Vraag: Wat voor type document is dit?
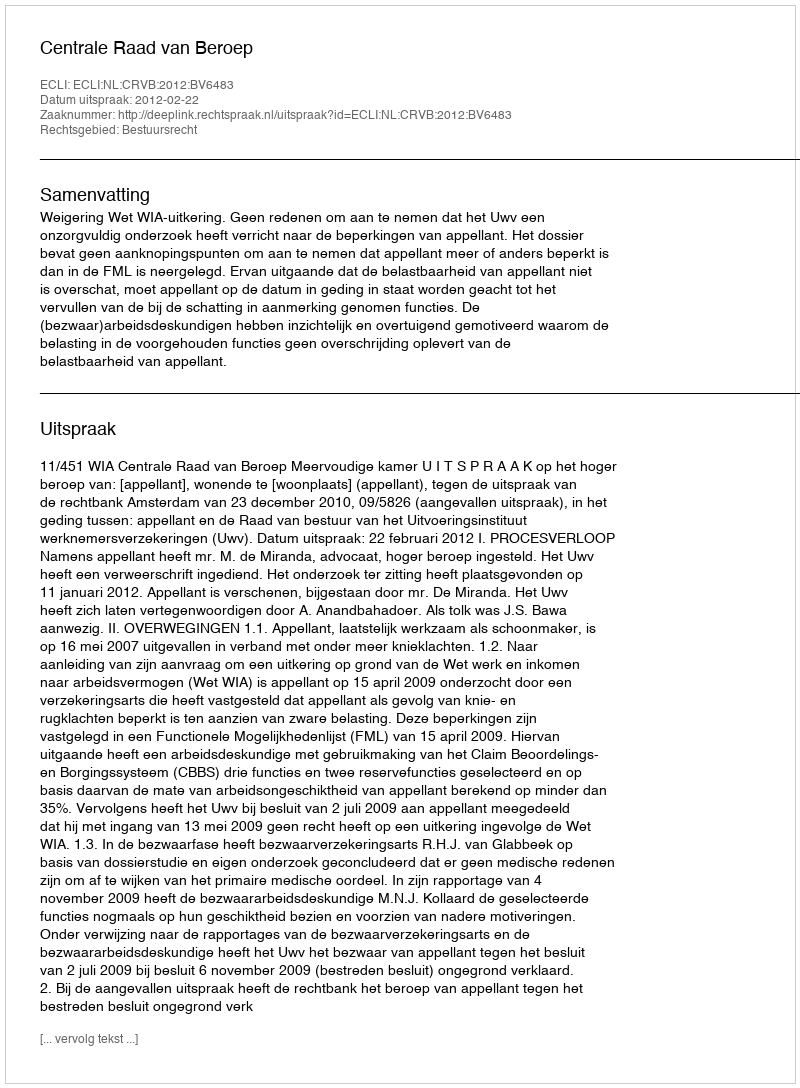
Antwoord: Uitspraak